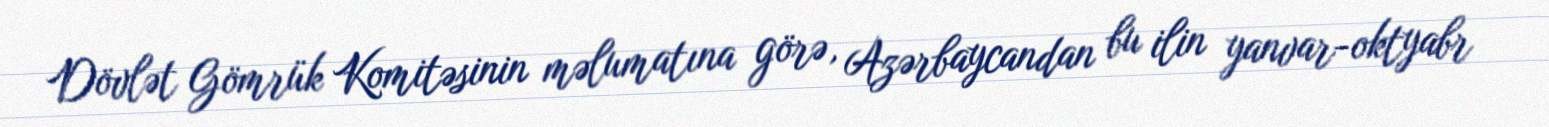
Dövlət Gömrük Komitəsinin məlumatına görə, Azərbaycandan bu ilin yanvar-oktyabr